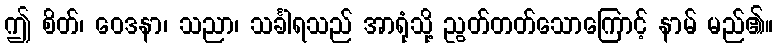
ဤ စိတ်၊ ဝေဒနာ၊ သညာ၊ သင်္ခါရသည် အာရုံသို့ ညွတ်တတ်သောကြောင့် နာမ် မည်၏။